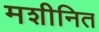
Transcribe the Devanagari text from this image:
मशीनित